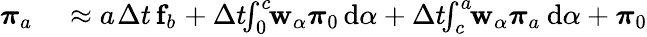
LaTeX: \begin{array}{rl}{\boldsymbol{\pi}_{a_{}}}&{{}\approx a_{}\Delta t{}\, \mathbf{f}_{b_{}}+\Delta t{}\! \! \int_{0}^{c_{}}\! \! \mathbf{w}_{\alpha{}}\boldsymbol{\pi}_{0}\, \mathrm{d}\alpha{}+\Delta t{}\! \! \int_{c_{}}^{a_{}}\! \! \mathbf{w}_{\alpha{}}\boldsymbol{\pi}_{a_{}}\, \mathrm{d}\alpha{}+\boldsymbol{\pi}_{0}}\end{array}